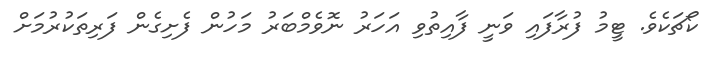
ކޯޗަކެވެ. ޓީމު ފުރާފައި ވަނީ ފާއިތުވި އަހަރު ނޮވެމްބަރު މަހުން ފެށިގެން ފަރިތަކުރުމަށް